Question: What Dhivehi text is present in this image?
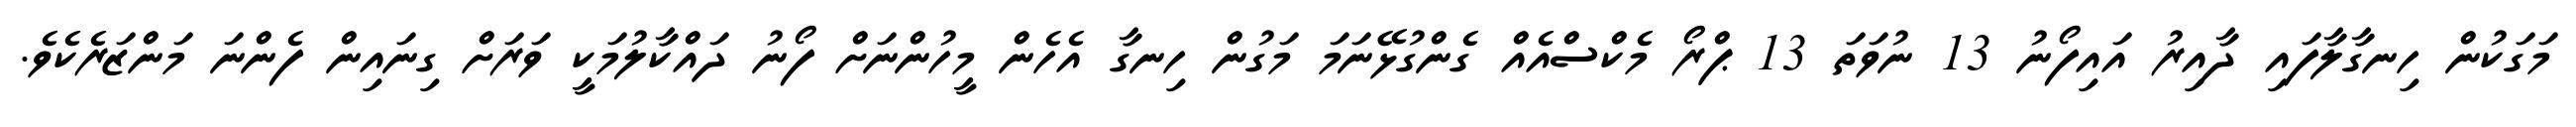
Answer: މަގަކުން ހިނގާލާފައި ދާއިރު އައިފޯނު 13 ނުވަތަ 13 ޕްރޯ މެކްސްއެއް ގެންގުޅޭނަމަ މަގުން ހިނގާ އެހެން މީހުންނަށް ފޯނު ދައްކާލުމަކީ ވަރަށް ގިނައިން ފެންނަ މަންޒަރެކެވެ.